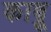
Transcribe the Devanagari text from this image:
काब्रू